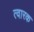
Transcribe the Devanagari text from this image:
त्वारक